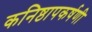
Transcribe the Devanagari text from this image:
कनिष्ठापकर्षणी